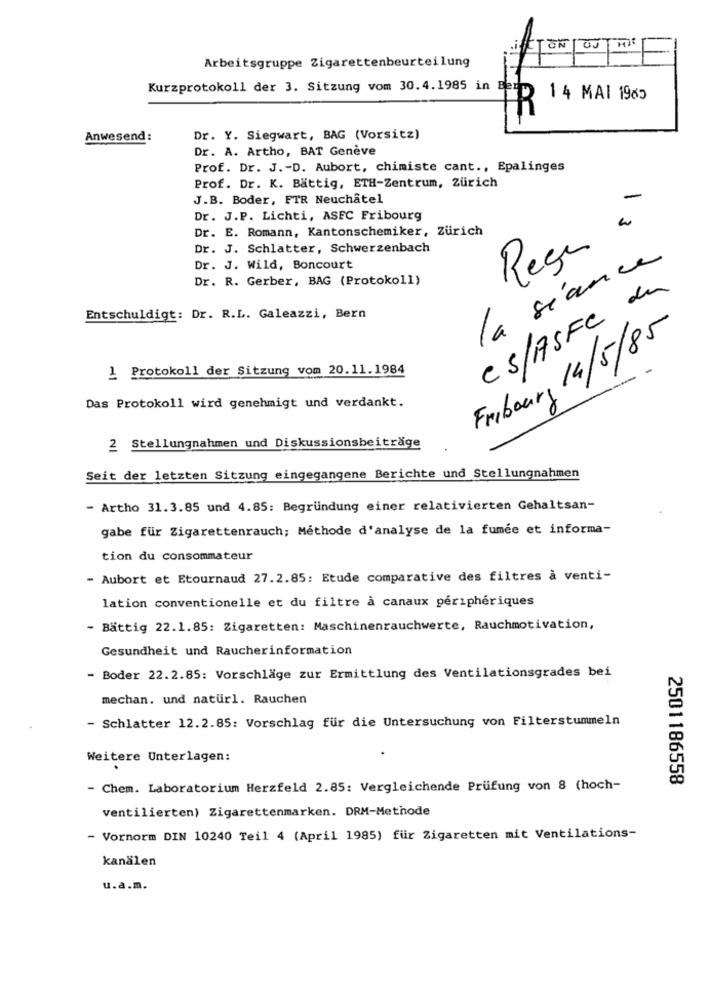
in
Arbeitsgruppe Zigarettenbeurteilung
Kurzprotokoll der 3. Sitzung vom 30.4.1985 in Berm
1 4 MAI 1985
Anwesend:
Dr. Y. Siegwart, BAG (Vorsitz)
Dr. A. Artho, BAT Genève
Prof. Dr. J .- D. Aubort, chimiste cant ., Epalinges
Prof. Dr. K. Bättig, ETH-Zentrum, Zürich
J.B. Boder, FTR Neuchâtel
Dr. J.P. Lichti, ASEC Fribourg
Dr. E. Romann, Kantonschemiker, Zürich
Reçu à
Dr. J. Schlatter, Schwerzenbach
Dr. J. Wild, Boncourt
la séance
Dr. R. Gerber, BAG (Protokoll)
CS/17SFC de
Entschuldigt: Dr. R.L. Galeazzi, Bern
Fribourg 14/5/85
1 Protokoll der Sitzung vom 20.11.1984
Das Protokoll wird genehmigt und verdankt.
2 Stellungnahmen und Diskussionsbeiträge
Seit der letzten Sitzung eingegangene Berichte und Stellungnahmen
- Artho 31.3.85 und 4.85: Begründung einer relativierten Gehaltsan-
gabe für Zigarettenrauch; Méthode d'analyse de la fumée et informa-
tion du consommateur
- Aubort et Etournaud 27.2.85: Etude comparative des filtres à venti-
lation conventionelle et du filtre à canaux périphériques
- Bättig 22.1.85: Zigaretten: Maschinenrauchwerte, Rauchmotivation,
Gesundheit und Raucherinformation
- Boder 22.2.85: Vorschläge zur Ermittlung des Ventilationsgrades bei
mechan. und naturl. Rauchen
- Schlatter 12.2.85: Vorschlag für die Untersuchung von Filterstummeln
Weitere Unterlagen:
2501186558
- Chem. Laboratorium Herzfeld 2.85: Vergleichende Prüfung von 8 (hoch-
ventilierten) Zigarettenmarken. DRM-Methode
- Vornorm DIN 10240 Teil 4 (April 1985) für Zigaretten mit Ventilations-
kanälen
u.a.m.